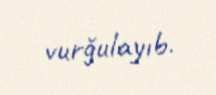
vurğulayıb.